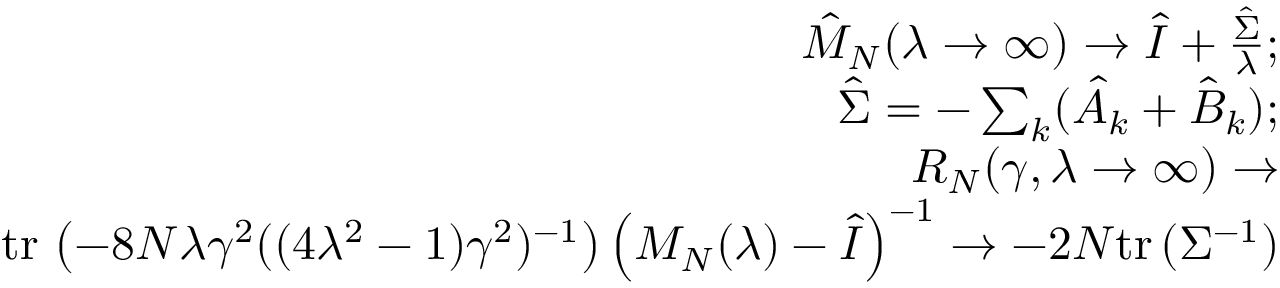
\begin{array} { r l r } & { } & { \hat { M } _ { N } ( \lambda \to \infty ) \to \hat { I } + \frac { \hat { \Sigma } } { \lambda } ; } \\ & { } & { \hat { \Sigma } = - \sum _ { k } ( \hat { A } _ { k } + \hat { B } _ { k } ) ; } \\ & { } & { R _ { N } ( \gamma , \lambda \to \infty ) \to } \\ & { } & { \mathrm { t r } \, \left( - 8 N \lambda \gamma ^ { 2 } ( ( 4 \lambda ^ { 2 } - 1 ) \gamma ^ { 2 } ) ^ { - 1 } \right) \left( M _ { N } ( \lambda ) - \hat { I } \right) ^ { - 1 } \to - 2 N \mathrm { t r } \, ( \Sigma ^ { - 1 } ) } \end{array}